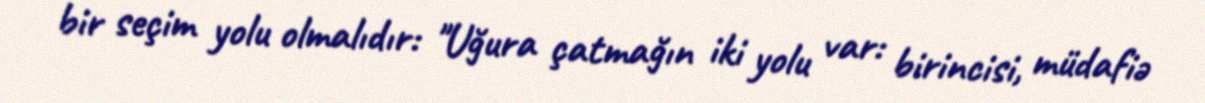
bir seçim yolu olmalıdır: "Uğura çatmağın iki yolu var: birincisi, müdafiə